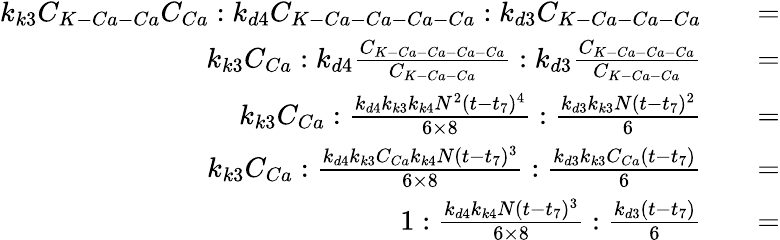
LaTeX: \begin{array}{rlr}{k_{k3}C_{K-Ca-Ca}C_{Ca}:k_{d4}C_{K-Ca-Ca-Ca-Ca}:k_{d3}C_{K-Ca-Ca-Ca}}&{}&{=}\\ {k_{k3}C_{Ca}:k_{d4}\frac{C_{K-Ca-Ca-Ca-Ca}}{C_{K-Ca-Ca}}:k_{d3}\frac{C_{K-Ca-Ca-Ca}}{C_{K-Ca-Ca}}}&{}&{=}\\ {k_{k3}C_{Ca}:\frac{k_{d4}k_{k3}k_{k4}N^{2}(t-t_{7})^{4}}{6\times 8}:\frac{k_{d3}k_{k3}N(t-t_{7})^{2}}{6}}&{}&{=}\\ {k_{k3}C_{Ca}:\frac{k_{d4}k_{k3}C_{Ca}k_{k4}N(t-t_{7})^{3}}{6\times 8}:\frac{k_{d3}k_{k3}C_{Ca}(t-t_{7})}{6}}&{}&{=}\\ {1:\frac{k_{d4}k_{k4}N(t-t_{7})^{3}}{6\times 8}:\frac{k_{d3}(t-t_{7})}{6}}&{}&{=}\end{array}